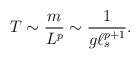
LaTeX: \begin{align*}T \sim \frac{m}{L^p} \sim \frac{1}{g \ell_s^{p+1}}.\end{align*}